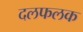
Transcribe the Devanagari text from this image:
दलफलक